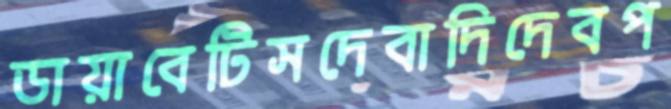
ডায়াবেটিসদেবাদিদেবপ